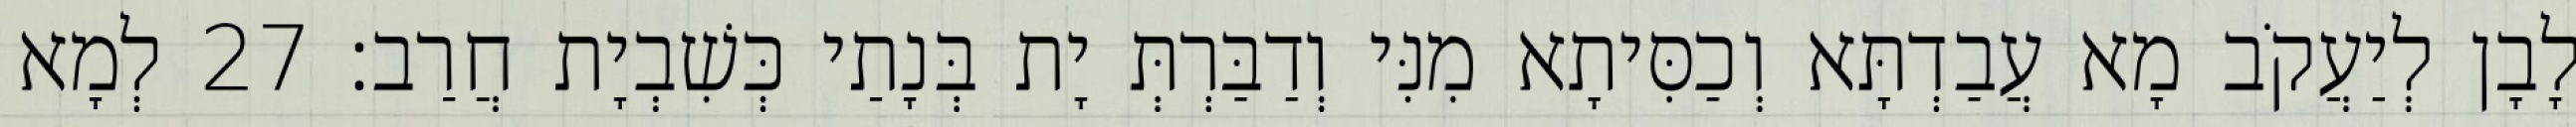
לָבָן לְיַעֲקֹב מָא עֲבַדְתָּא וְכַסִּיתָא מִנִּי וְדַבַּרְתְּ יָת בְּנָתַי כְּשִׁבְיָת חֲרַב׃ 27 לְמָא